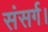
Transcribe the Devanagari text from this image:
संसर्ग।